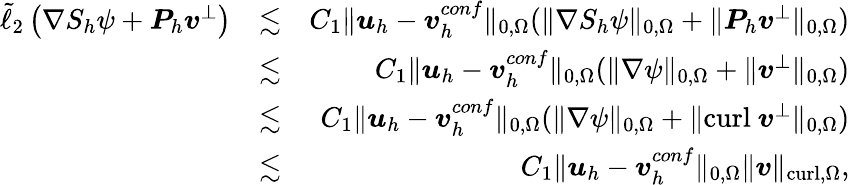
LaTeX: \begin{array}{rlr}{\tilde{\ell}_{2}\left(\nabla S_{h}\psi+\boldsymbol{P}_{h}\boldsymbol{v}^{\bot}\right)}&{\lesssim}&{C_{1}\| \boldsymbol{u}_{h}-\boldsymbol{v}_{h}^{conf}\| _{0,\Omega}(\| \nabla S_{h}\psi\| _{0,\Omega}+\| \boldsymbol{P}_{h}\boldsymbol{v}^{\bot}\| _{0,\Omega})}\\ &{\lesssim}&{C_{1}\| \boldsymbol{u}_{h}-\boldsymbol{v}_{h}^{conf}\| _{0,\Omega}(\| \nabla\psi\| _{0,\Omega}+\| \boldsymbol{v}^{\bot}\| _{0,\Omega})}\\ &{\lesssim}&{C_{1}\| \boldsymbol{u}_{h}-\boldsymbol{v}_{h}^{conf}\| _{0,\Omega}(\| \nabla\psi\| _{0,\Omega}+\| \mathrm{curl}~\boldsymbol{v}^{\bot}\| _{0,\Omega})}\\ &{\lesssim}&{C_{1}\| \boldsymbol{u}_{h}-\boldsymbol{v}_{h}^{conf}\| _{0,\Omega}\| \boldsymbol{v}\| _{\mathrm{curl},\Omega},}\end{array}